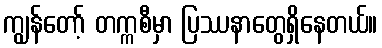
ကျွန်တော့် တက္ကစီမှာ ပြဿနာတွေရှိနေတယ်။